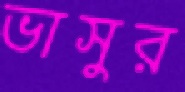
ভাসুর